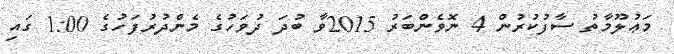
މަޢުލޫމާތު ސާފުކުރުން 4 ނޮވެންބަރު 2015ވާ ބުދަ ދުވަހުގެ މެންދުރުފަހުގެ 1:00 ގައި